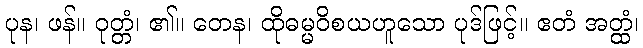
ပုန၊ ဖန်။ ဝုတ္တံ၊ ၏။ တေန၊ ထိုဓမ္မဝိစယဟူသော ပုဒ်ဖြင့်။ ဧတံ အတ္ထံ၊